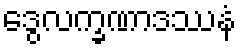
ဒွေလက္ခဏာဒဿနံ